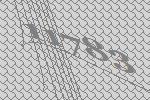
11783